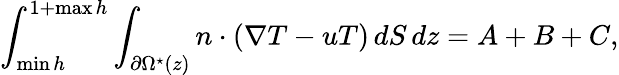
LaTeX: \int_{\operatorname*{min}h}^{1+\operatorname*{max}h}\int_{\partial\Omega^{\star}(z)}n\cdot(\nabla T-uT)\, dS\, dz=A+B+C,